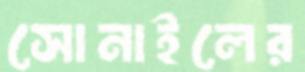
সোনাইলের